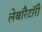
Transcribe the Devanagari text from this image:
लेबाॅरेटाॅरी